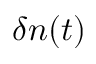
\delta n ( t )